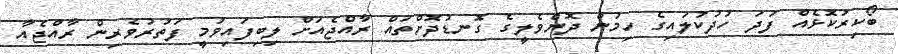
ބޯކިރުކޮޅެއް ފަދަ ހުދުކުލައިގެ ހިމުން ދޮންވެލީގެ ގޮނޑުދޮށްތައް ރާއްޖެއަށް ލިބިފައިވުމީ ފަތުރުވެރިން ރާއްޖެއާ